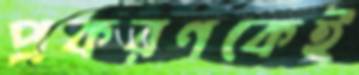
প্রকরণকেই